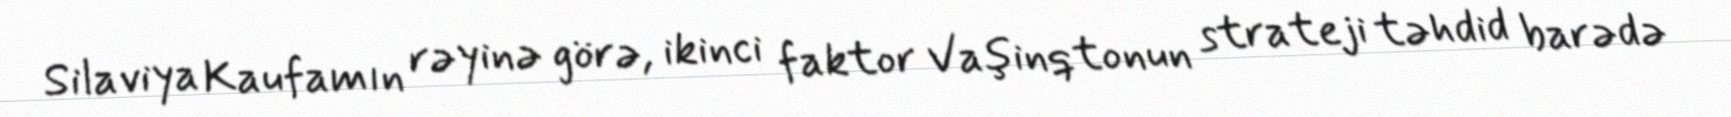
Silaviya Kaufamın rəyinə görə, ikinci faktor Vaşinqtonun strateji təhdid barədə